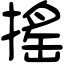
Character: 搖